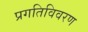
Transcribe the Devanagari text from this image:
प्रगतिविवरण